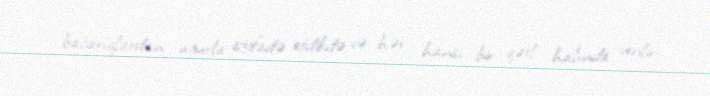
bacarıqlardan uğurla istifadə etdikdə və hər hansı bir qətl halında verilir.